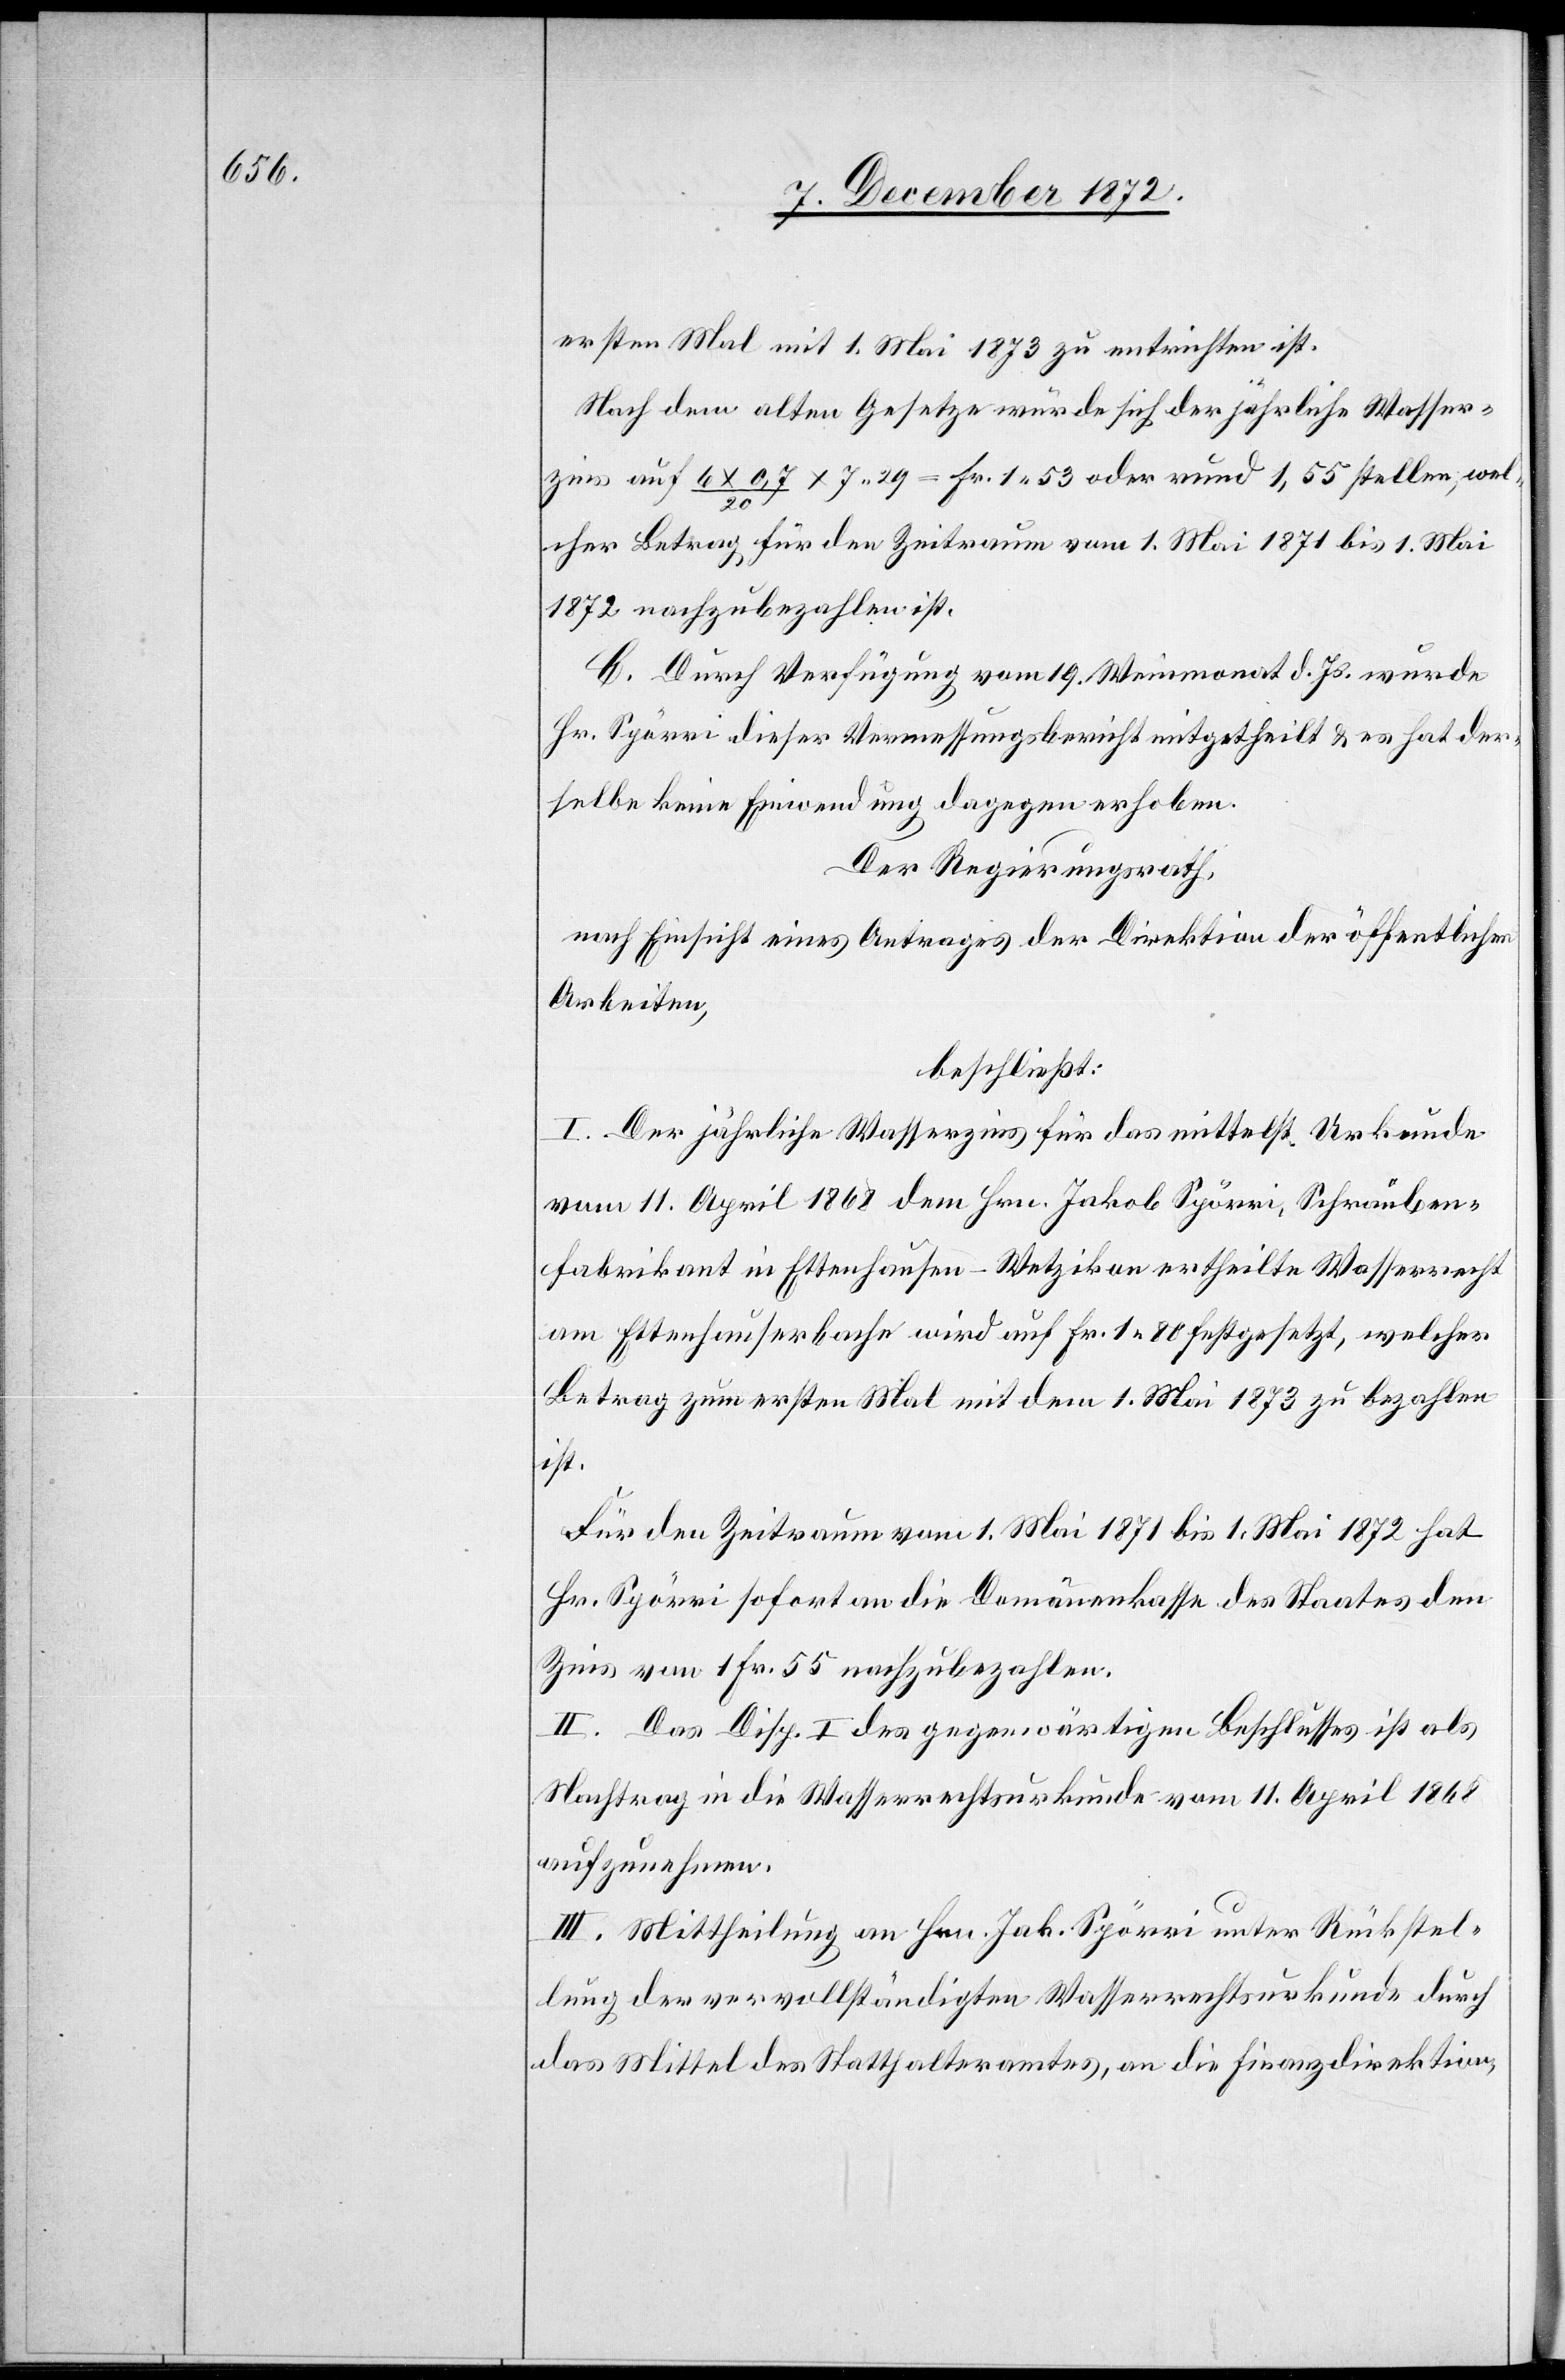
ersten Mal mit 1. Mai 1873 zu entrichten ist.
Nach dem alten Gesetze würde sich der jährliche Wasser¬
zins auf 6 x 0,7 / 20 x 7 29 = Fr. 1 53 oder rund 1,55 stellen, wel¬
cher Betrag für den Zeitraum vom 1. Mai 1871 bis 1. Mai
1872 nachzubezahlen ist.
C. Durch Verfügung vom 19. Weinmonat d. Js. wurde
Hr. Spörri dieser Vermessungsbericht mitgetheilt u. es hat der¬
selbe keine Einwendung dagegen erhoben.
Der Regierungsrath,
nach Einsicht eines Antrages der Direktion der öffentlichen
Arbeiten,
beschließt:
I. Der jährliche Wasserzins für das mittelst Urkunde
vom 11. April 1868 dem Hrn. Jakob Spörri, Schrauben¬
fabrikant in Ettenhausen-Wetzikon ertheilte Wasserrecht
am Ettenhauserbache wird auf Fr. 1 80 festgesetzt, welcher
Betrag zum ersten Mal mit dem 1. Mai 1873 zu bezahlen
ist.
Für den Zeitraum vom 1. Mai 1871 bis 1. Mai 1872 hat
Hr. Spörri sofort an die Domänenkasse des Staates den
Zins von 1 Fr. 55 nachzubezahlen.
II. Das Disp. I des gegenwärtigen Beschlusses ist als
Nachtrag in die Wasserrechtsurkunde vom 11. April 1868
aufzunehmen.
III. Mittheilung an Hrn. Jak. Spörri unter Rückstel¬
lung der vervollständigten Wasserrechtsurkunde durch
das Mittel des Statthalteramtes, an die Finanzdirektion